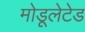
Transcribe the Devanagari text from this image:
मोडूलेटेड